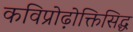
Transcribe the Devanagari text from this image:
कविप्रोढ़ोक्तिसिद्ध